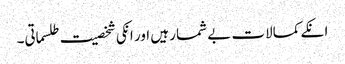
انکے کمالات بے شمار ہیں اور انکی شخصیت طلسماتی۔